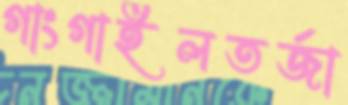
গাংগাইলতর্জা